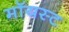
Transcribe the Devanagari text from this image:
मॉयस्ट